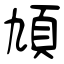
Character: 頄